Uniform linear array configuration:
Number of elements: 48
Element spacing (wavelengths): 0.75
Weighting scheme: kaiser
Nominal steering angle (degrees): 60
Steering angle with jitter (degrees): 61.672
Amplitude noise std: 0.05
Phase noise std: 0.05

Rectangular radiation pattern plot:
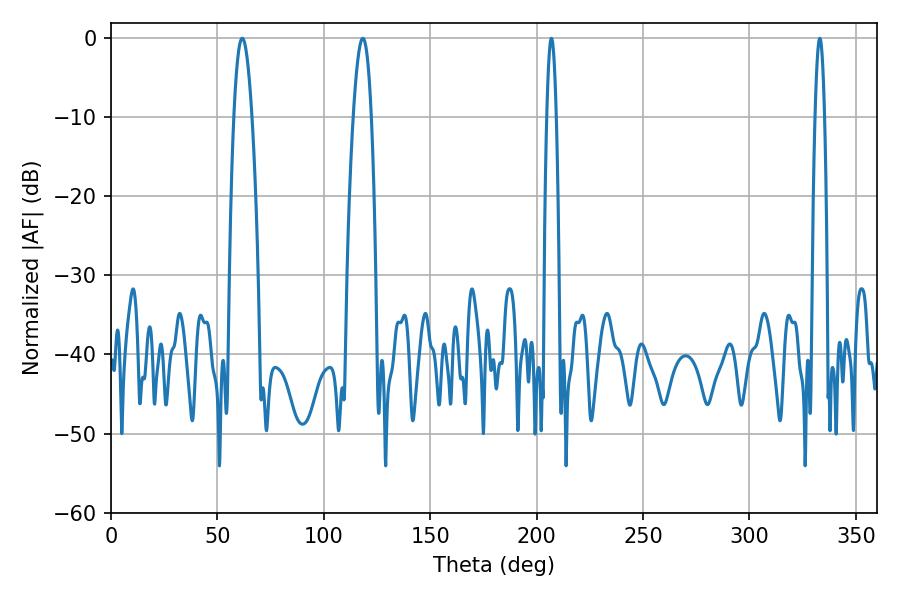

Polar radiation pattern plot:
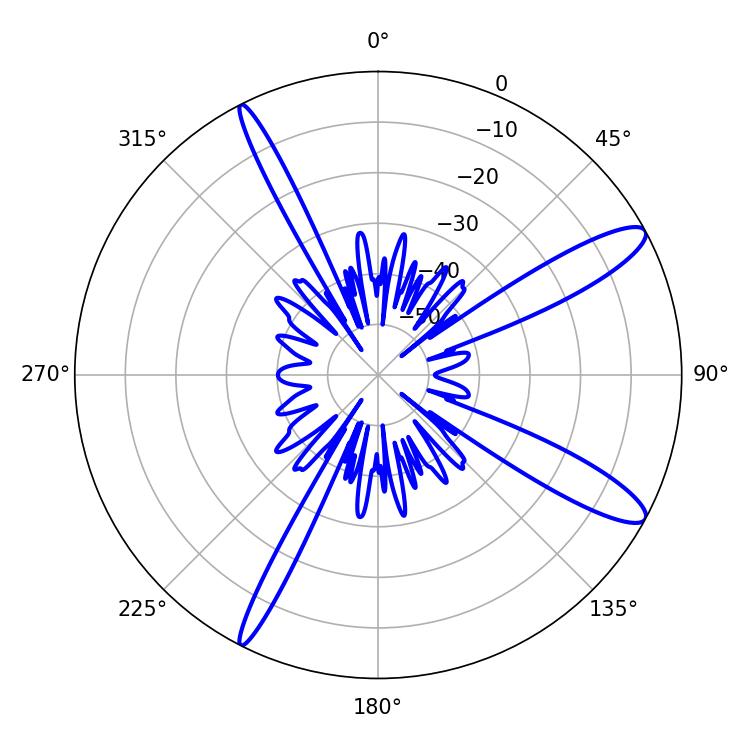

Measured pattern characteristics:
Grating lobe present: TRUE
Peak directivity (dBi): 12.469
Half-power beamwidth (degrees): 4.68
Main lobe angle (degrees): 61.74